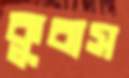
কুবাস